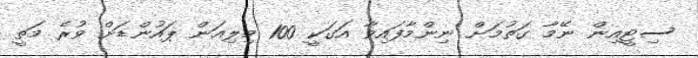
ސިޓީއިން ނޭމާ ގަތުމަށް ނިންމާފައިވާ އަގަކީ 100 މިލިއަން ޕައުންޑަށް ވުރެ މަތީ